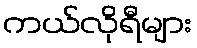
ကယ်လိုရီများ